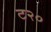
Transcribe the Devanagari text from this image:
ट२०